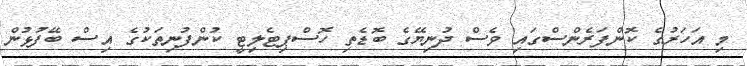
މި އަހަރުގެ ކޮންފަރެންސްގައި ވެސް ދުނިޔޭގެ ބޮޑެތި ހޮސްޕިޓެލިޓީ ކުންފުނިތަކުގެ އިސް ބޭފުޅުން